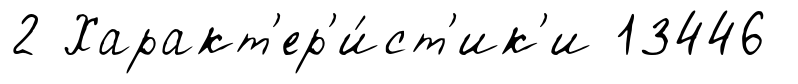
2 Характ'ер'и́ст'ик'и 13446